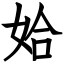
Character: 姶